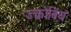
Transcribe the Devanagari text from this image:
ज्कोबियं